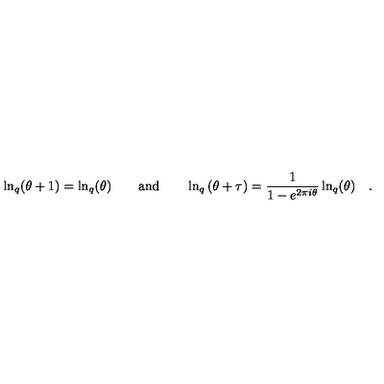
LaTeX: \ln _ { q } ( \theta + 1 ) = \ln _ { q } ( \theta ) \qquad \mathrm { a n d } \qquad \ln _ { q } \left( \theta + \tau \right) = \frac { 1 } { 1 - e ^ { 2 \pi i \theta } } \ln _ { q } ( \theta ) \quad .